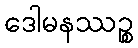
ဒေါမနဿဉ္စ